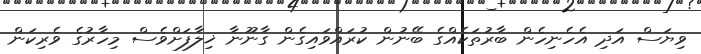
ވިޔަސް އަދި އެހެނިހެން ބާރުތަކެއްގެ ބޭނުން ކުރައްވައިގެން ގާނޫނާ ޚިލާފަށްވެސް މިހާރުގެ ވެރިކަން